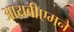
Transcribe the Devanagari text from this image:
आयबीएमने